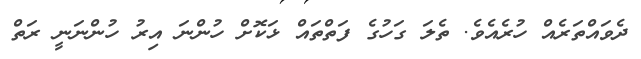
ދެވައްތަރެއް ހުރެއެވެ. ތެލަ ގަހުގެ ފަތްތައް ޅަކޮށް ހުންނަ އިރު ހުންނަނީ ރަތް